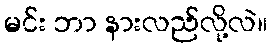
မင်း ဘာ နားလည်လို့လဲ။